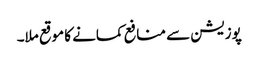
پوزیشن سے منافع کمانے کا موقع ملا۔